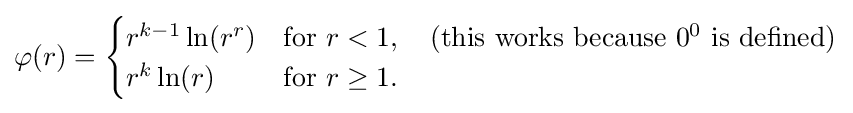
\varphi (r)={\begin{cases}r^{k-1}\ln(r^{r})&{\text{for }}r<1,\quad {\text{(this works because }}0^{0}{\text{ is defined)}}\\r^{k}\ln(r)&{\text{for }}r\geq 1.\end{cases}}